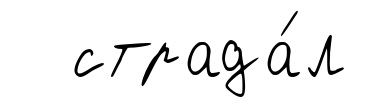
страда́л